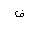
Letter: _fa